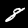
Label: 8